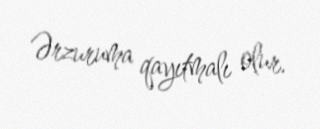
Ərzuruma qayıtmalı olur.